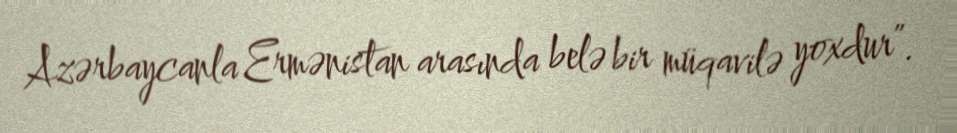
Azərbaycanla Ermənistan arasında belə bir müqavilə yoxdur”.